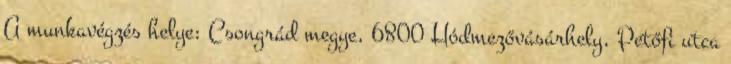
A munkavégzés helye: Csongrád megye, 6800 Hódmezővásárhely, Petőfi utca